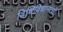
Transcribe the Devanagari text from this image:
विधिविधानांची